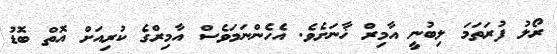
ރޯލު ފުރަތަމަ ލިބުނީ އާމިރް ޚާނަށެވެ. އެހެންނަމަވެސް އާމިރްގެ ކުރިއަށް އޮތް ބޮޑު